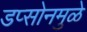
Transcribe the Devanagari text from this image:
डप्सोनमुळे